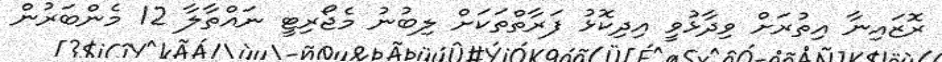
ރޮޒައިނާ އިތުރަށް ވިދާޅުވީ އިދިކޮޅު ފަރާތްތަކަށް ލިބުނު މެޖޯރިޓީ ނައްތާލާ 12 މެންބަރުން